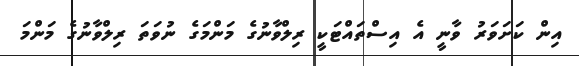
އިން ކަށަވަރު ވާނީ އެ އިސްތައްޓަކީ ރިލްވާނުގެ މަންމަގެ ނުވަތަ ރިލްވާނުގެ މަންމަ